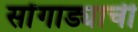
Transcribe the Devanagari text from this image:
सोंगाड्याची